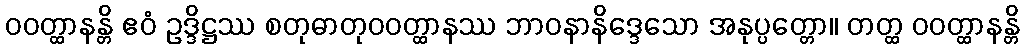
ဝဝတ္ထာနန္တိ ဧဝံ ဥဒ္ဒိဋ္ဌဿ စတုဓာတုဝဝတ္ထာနဿ ဘာဝနာနိဒ္ဒေသော အနုပ္ပတ္တော။ တတ္ထ ဝဝတ္ထာနန္တိ